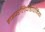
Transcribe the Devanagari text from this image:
हाइपरलिपीडाएमिया